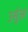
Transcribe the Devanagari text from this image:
उर्सुआ